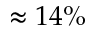
\approx 1 4 \%